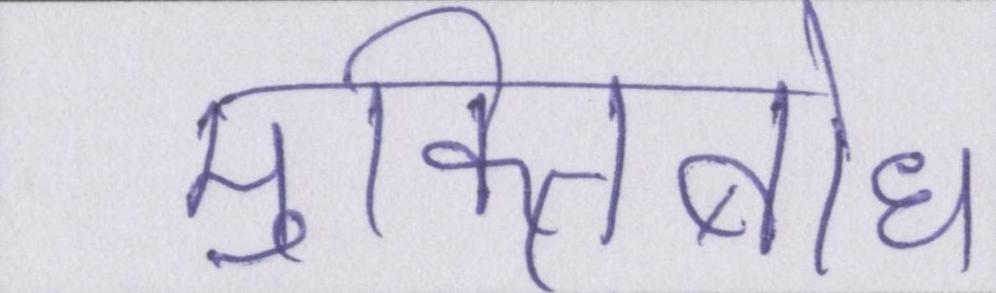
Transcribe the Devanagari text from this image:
मुक्तिबोध